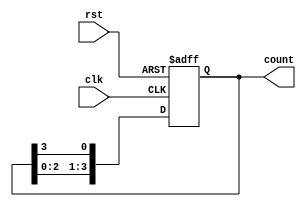
module ring_counter #(
    parameter N = 4  // Number of flip-flops
) (
    input wire clk,    // Clock input
    input wire rst,    // Reset input
    output reg [N-1:0] count  // Output representing the current state
);

// Initialize the counter
always @(posedge clk or posedge rst) begin
    if (rst) begin
        count <= 1'b1;  // Set the first flip-flop to '1', others to '0'
    end else begin
        count <= {count[N-2:0], count[N-1]}; // Shift left and wrap the last bit
    end
end

endmodule